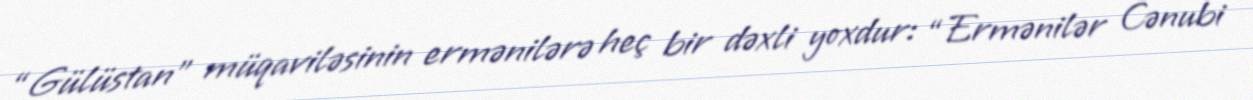
“Gülüstan” müqaviləsinin ermənilərə heç bir dəxli yoxdur: “Ermənilər Cənubi